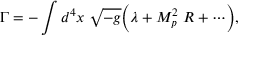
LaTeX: \Gamma = - \int d ^ { 4 } x \; \sqrt { - g } \Bigl ( \lambda + M _ { p } ^ { 2 } \; { \cal R } + \cdots \Bigr ) ,